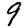
Digit: 9